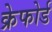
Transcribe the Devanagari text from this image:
क्रेफोर्ड